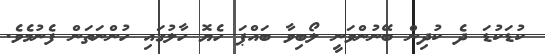
ކުޑަކުޑަ ދެ ކުދިން ބޭނުންވަނީ ލޯބިވާ ބައްޕަ ހެޔޮ ހާލުގައި ހުންނަތަން ފެނުމެވެ.